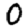
Digit: 0